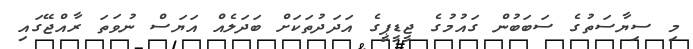
މި ސިޔާސަތުގެ ސަބަބުން ގައުމުގެ ޖީޑީޕީގެ އަދަދުތަކަށް ބަދަލެއް އަޔަސް ނުވަތަ ރާއްޖޭގައި